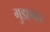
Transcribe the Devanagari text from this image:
गुडएकर